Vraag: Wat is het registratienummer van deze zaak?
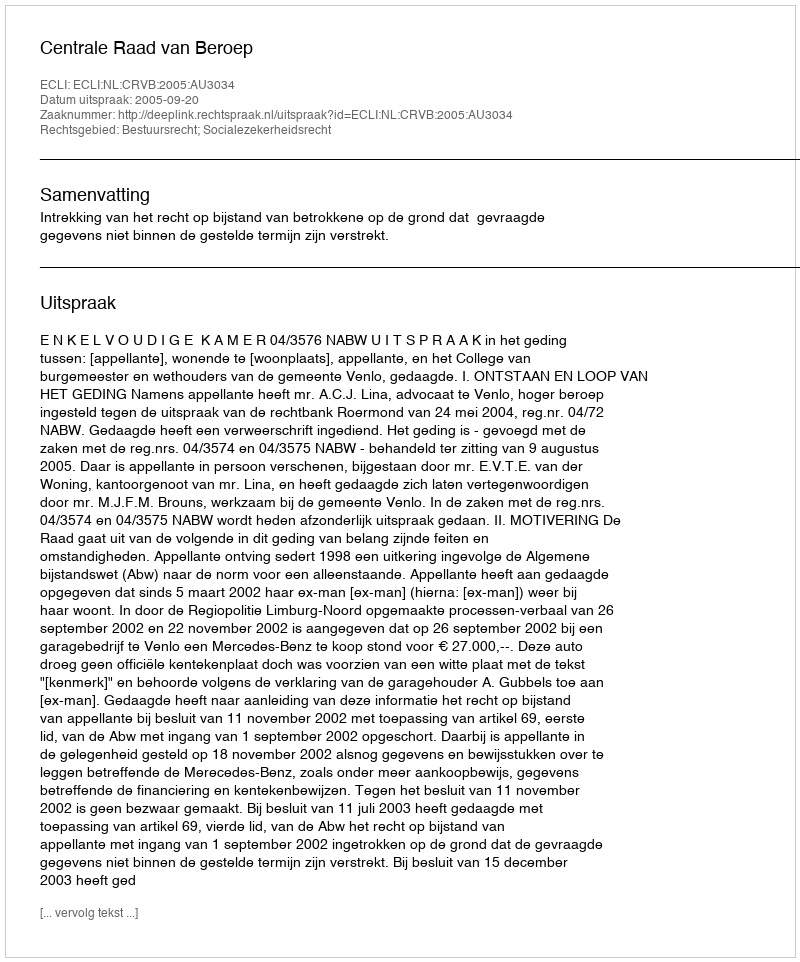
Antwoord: http://deeplink.rechtspraak.nl/uitspraak?id=ECLI:NL:CRVB:2005:AU3034